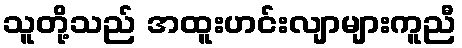
သူတို့သည် အထူးဟင်းလျာများကူညီ